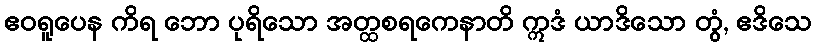
ဧဝရူပေန ကိရ ဘော ပုရိသော အတ္ထစရကေနာတိ ဣဒံ ယာဒိသော တွံ, ဧဒိသေ